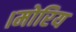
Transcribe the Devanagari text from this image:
।मोरिय